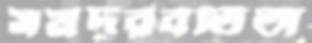
সমদূরবর্তিতা